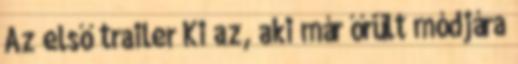
Az első trailer Ki az, aki már őrült módjára